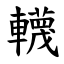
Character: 䡸